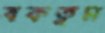
বকতুম